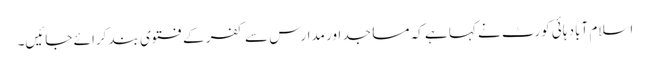
اسلام آباد ہائی کورٹ نے کہا ہے کہ مساجد اور مدارس سے کفر کے فتوی بند کرائے جائیں۔